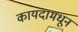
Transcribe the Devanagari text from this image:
कायदामधून